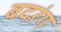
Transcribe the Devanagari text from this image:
बदरंग